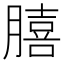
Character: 𮌺